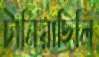
টানিয়াছিলি